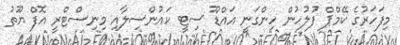
މިފަހަރުގެ ކޭމްޕް ފުލުހުން ހިންގަނީ އައްޑޫ ސިޓީ ކައުންސިލާއި މިނިސްޓްރީ އޮފް ޔޫތު